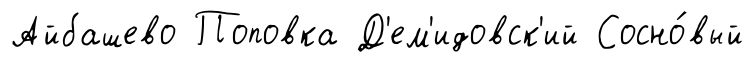
Айбашево Поповка Д'ем'идовск'ий Сосно́вый